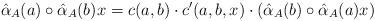
LaTeX: \begin{align*} \hat{\alpha}_{A}(a)\circ \hat{\alpha}_{A}(b)x =c(a,b) \cdot c'(a,b,x) \cdot (\hat{\alpha}_{A}(b)\circ \hat{\alpha}_{A}(a)x)\end{align*}